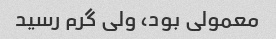
معمولی بود، ولی گرم رسید